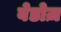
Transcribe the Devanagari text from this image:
बेडोज़